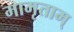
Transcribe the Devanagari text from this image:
मामृताम्‌